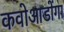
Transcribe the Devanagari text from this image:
कवोआडोंगा